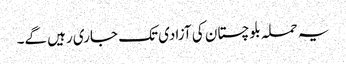
یہ حملہ بلوچستان کی آزادی تک جاری رہیں گے۔